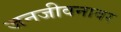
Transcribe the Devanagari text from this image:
जनजीवनावर